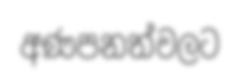
අණපනත්වලට